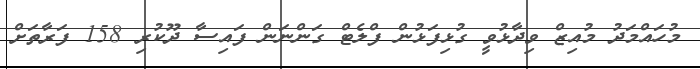
މުހައްމަދު މުއިޒް ވިދާޅުވީ ގުޅިފަޅުން ފްލެޓް ގަންނަން ފައިސާ ދޫކުރި 158 ފަރާތަށް